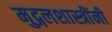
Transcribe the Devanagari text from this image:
मुद्गलशास्त्रींनी